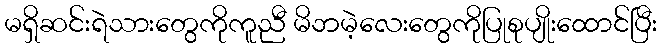
မရှိဆင်းရဲသားတွေကိုကူညီ မိဘမဲ့လေးတွေကိုပြုစုပျိုးထောင်ပြီး